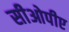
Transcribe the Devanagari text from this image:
सीओपीए